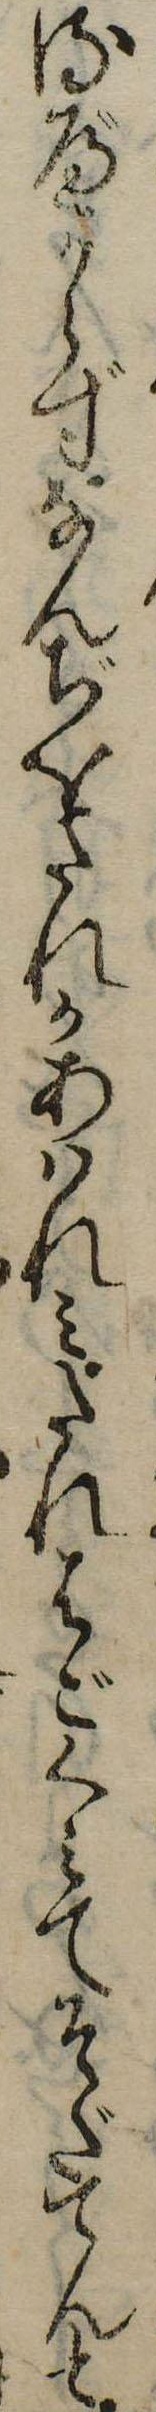
るべからずなんぢをたれかあはれみたれはごくみてそだてんと